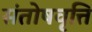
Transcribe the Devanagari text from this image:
संतोषवृत्ति